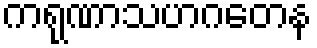
ကရုဏာသဟဂတေန